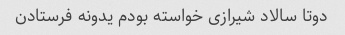
دوتا سالاد شیرازی خواسته بودم یدونه فرستادن